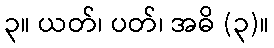
၃။ ယတ်၊ ပတ်၊ အဓိ (၃)။